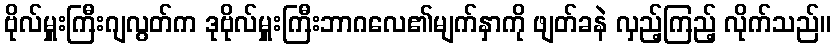
ဗိုလ်မှူးကြီးဂျလွတ်က ဒုဗိုလ်မှူးကြီးဘာဂလေ၏မျက်နှာကို ဖျတ်ခနဲ လှည့်ကြည့် လိုက်သည်။